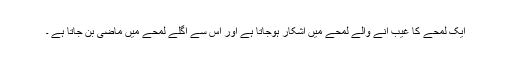
ایک لمحے کا غیب آنے والے لمحے میں آشکار ہوجاتا ہے اور اس سے اگلے لمحے میں ماضی بن جاتا ہے ۔